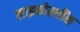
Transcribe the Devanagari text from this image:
लाइकोस्थींस